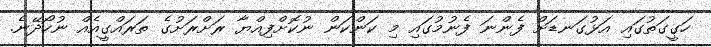
ހަގީގަތުގައި އަޅުގަނޑަށް ފެންނަ ފެނުމުގައި މި ކަންކަން ނުކޮށްފިއްޔާ ރަށްރަށުގެ ތަރައްގީއެއް ނުހޯދޭނެ.